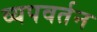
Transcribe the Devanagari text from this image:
व्यपवर्तन